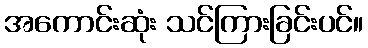
အကောင်းဆုံး သင်ကြားခြင်းပင်။